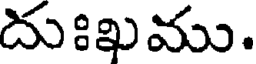
దుఃఖము.